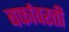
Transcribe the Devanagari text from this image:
बर्फावरती